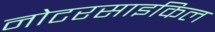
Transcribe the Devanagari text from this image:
नोटरसाइकिल